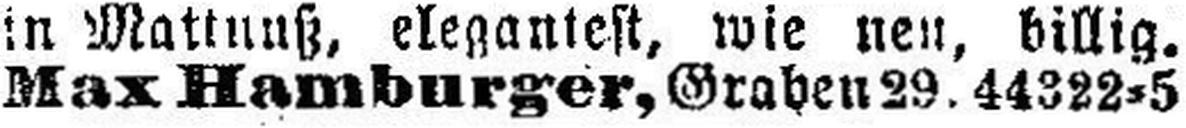
Max Hamburger, Graben 29. 44322=5